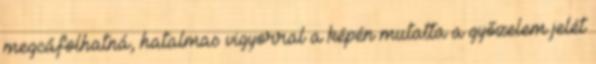
megcáfolhatná, hatalmas vigyorral a képén mutatta a győzelem jelét